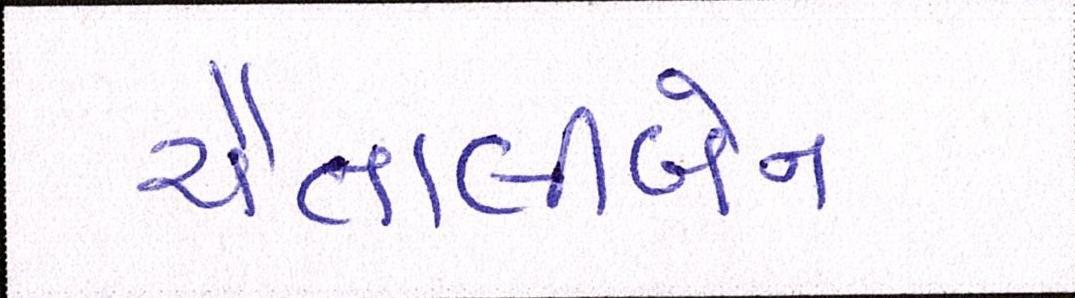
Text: ચૈતાલીબેન